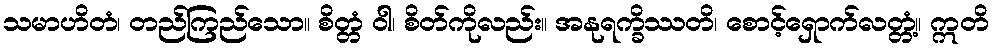
သမာဟိတံ၊ တည်ကြည်သော။ စိတ္တံ ဝါ၊ စိတ်ကိုလည်း။ အနုရက္ခိဿတိ၊ စောင့်ရှောက်လတ္တံ့။ ဣတိ